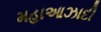
મહાઆઝાદી